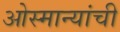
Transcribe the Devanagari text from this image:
ओस्मान्यांची